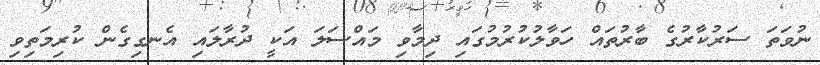
ނުވަތަ ސަރުކާރުގެ ބާރުތައް ހަވާލުކުރުމުގައި ދިމާވި މައްސަލަ އަކީ ދުރާލައި އެނގިގެން ކުރިމަތިވި